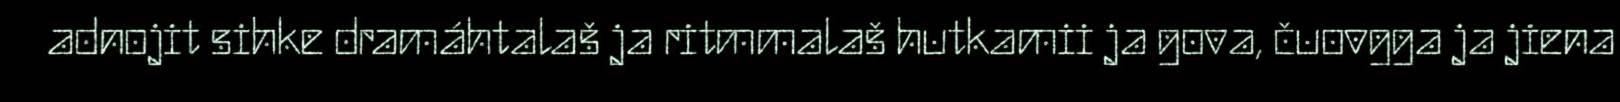
adnojit sihke dramáhtalaš ja ritmmalaš hutkamii ja gova, čuovgga ja jiena